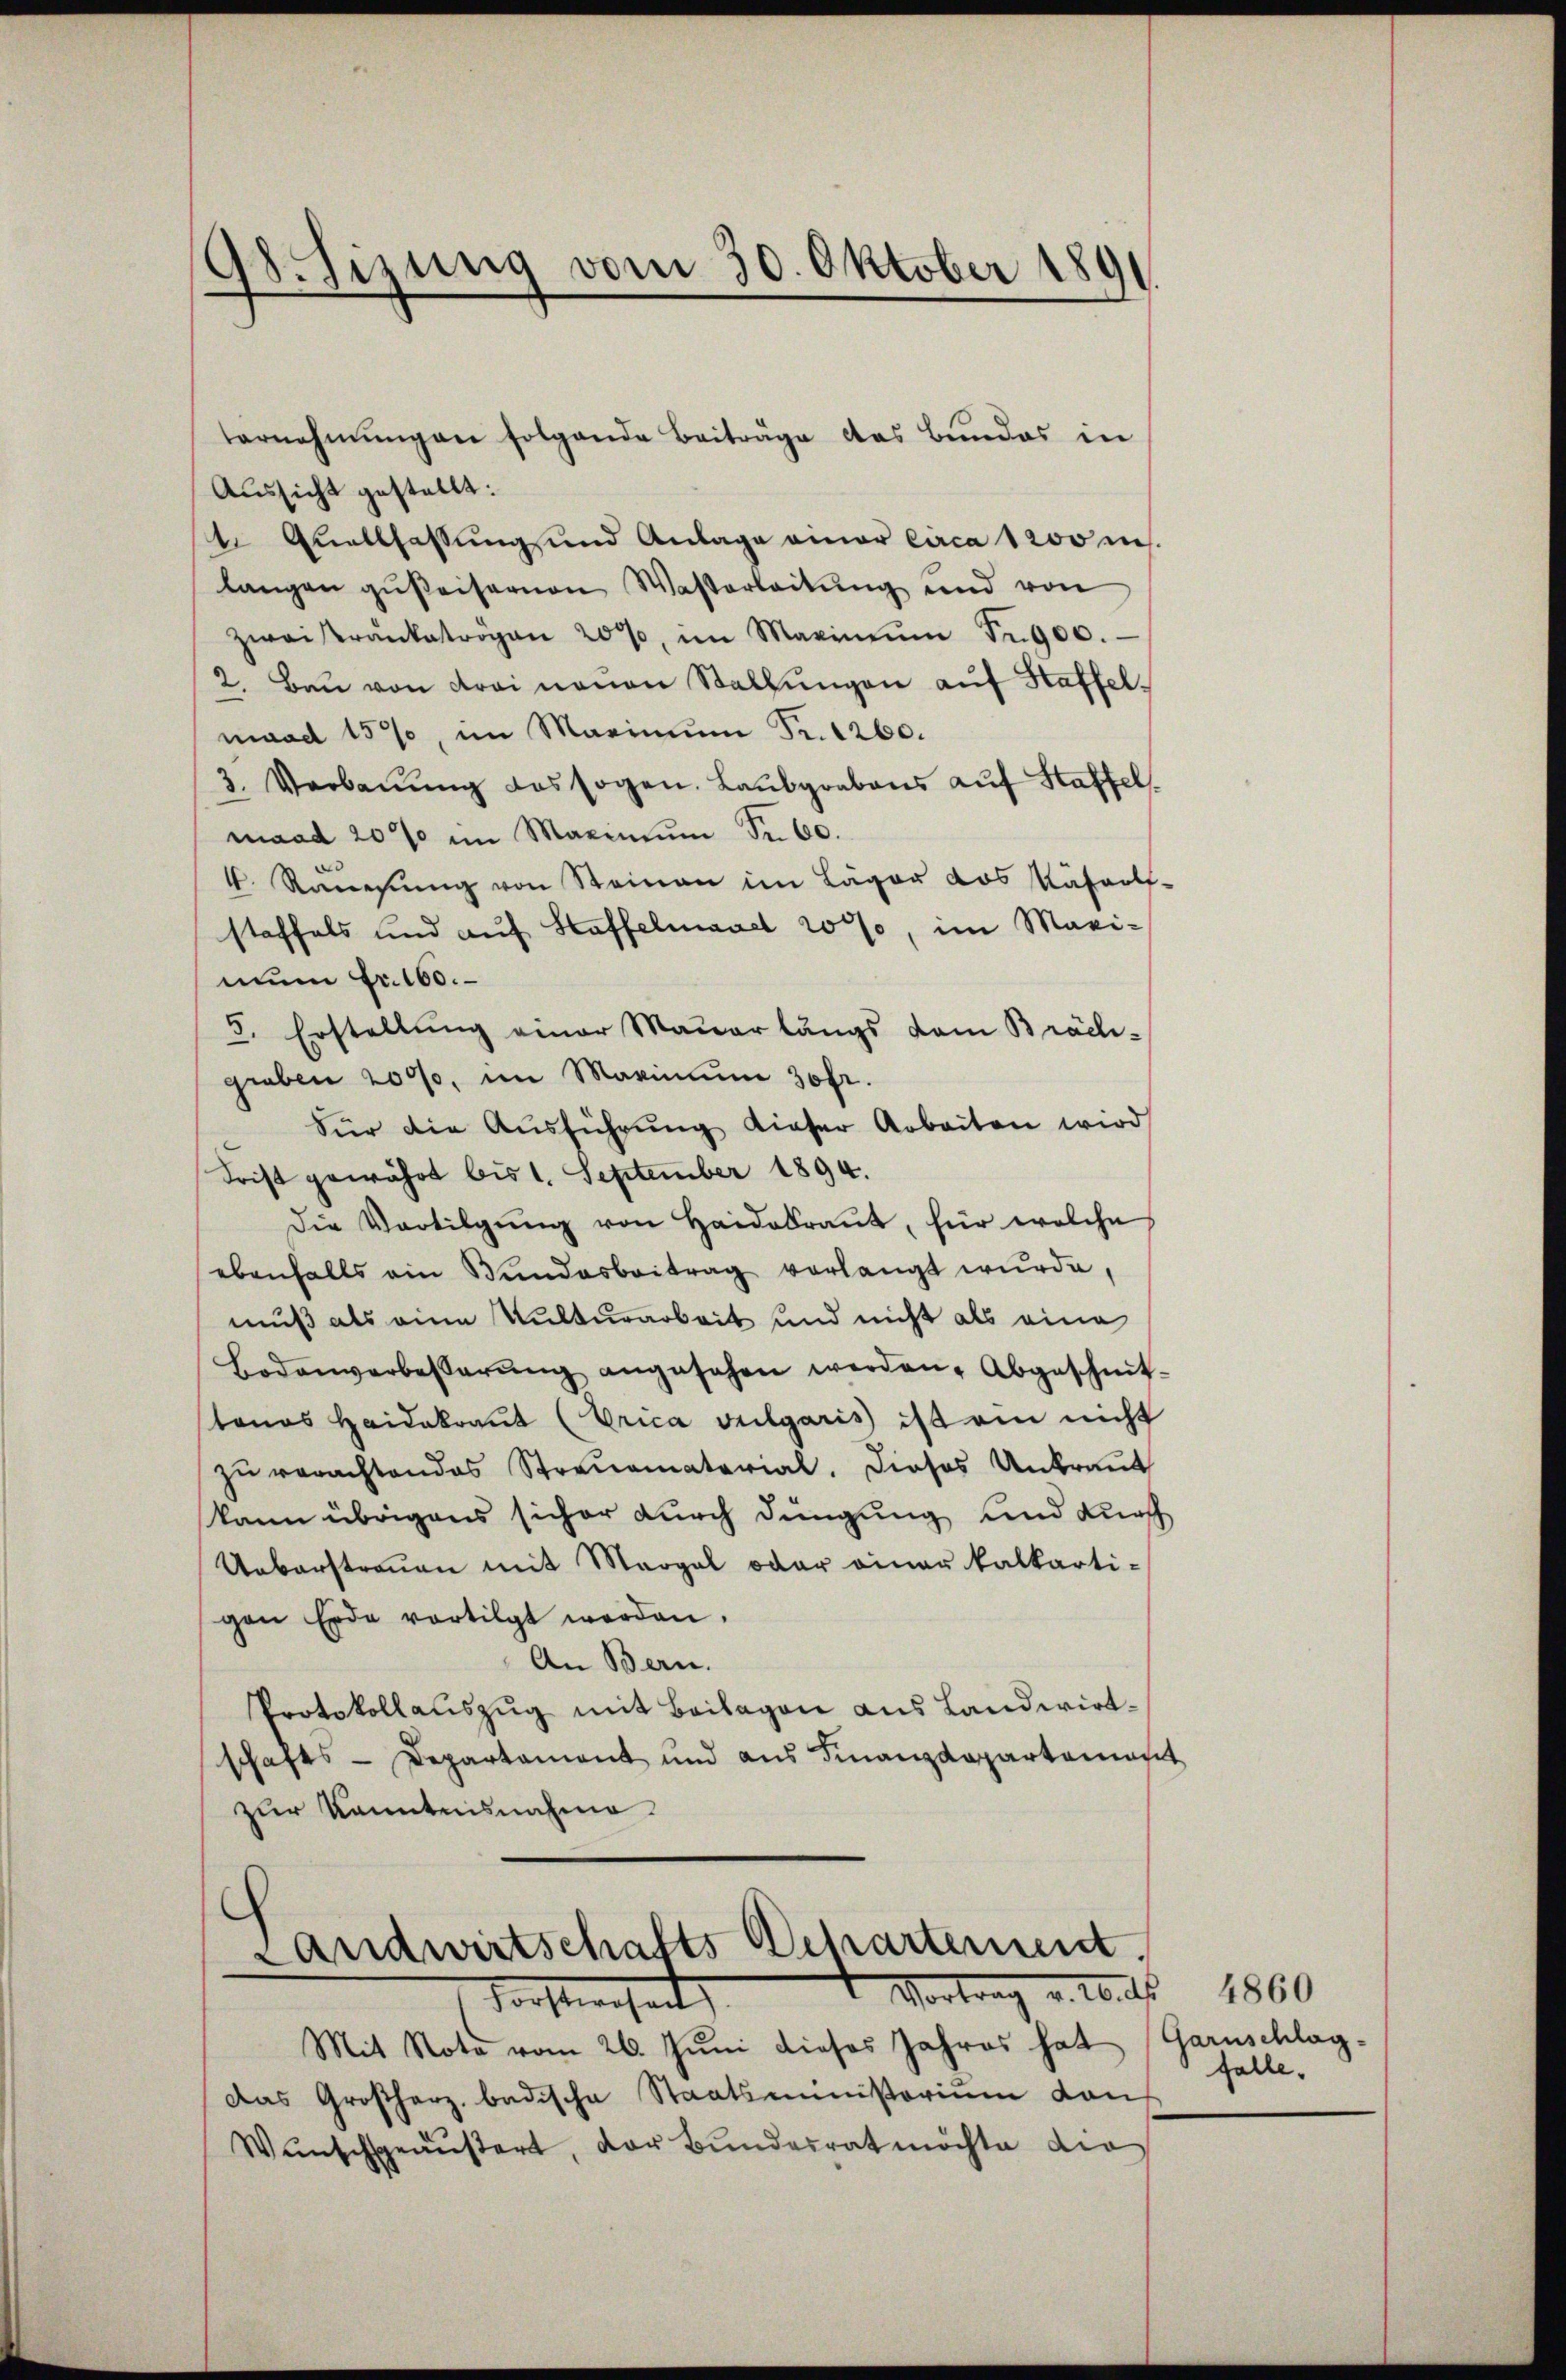
98. Sizung vom 30. Oktober 1891

tornehmungen folgende Beiträge des Bundes in
Aussicht gestellt:
te Quellfassung und Anlage einer circa 1200 m.
langen gußeisernen Wasserleitung und von
zwei Kranketrögen 200, im Maximŭm Fr. 900.
2. Baŭ von Frei neŭen Stallungen auf Haffelmaad 159, im Marinum Fr. 1260.
3. Verbaŭŭng des sogen. Laŭbgrabens auf Haffel
maad 20% im Maximum S. 60.
4. Reisŭng von Steinen im Läger das Näfwolf-
staffels und auf Haffelmand 20%, im Marimun Fr. 160.
5. Erstellung einer Mauer längs dem Bräch-
graben 2000, im Maximum 30fr.
Für die Aŭsführŭng dieser Arbeiten wird
Frist gewährt bis 1. September 1894.
Die Vertilgŭng von Haidekraut, für welche
ebenfalls ein Bundesbeitrag verlangt wurde,
muß als eine Kulturarbeit und nicht als eine
Bodenverbesserŭng angesehen werden. Abgeschmit-
tanos Haidakraut (Prica vulgaris ist ein nicht
zŭ verachtendes Streŭematerial. Dieses Antraŭt
kann übrigens sicher durch dingung und durch
Ueberstreuen mit Margel oder einer kalkarti-
gen Erde vertilgt werden.
An Bern.
Protokollauszug mit Beilagen aus Landwirtschafts-Departament und aus Finanzdepartamas
zur Kenntnisnahme.
s
Landwirtschafts Departement
Vortrag v. M. 1860
Vorstwesent
Mit Note vom 26. Juni dieses Jahres hat (Garnschlag-
Das Großherz badische Staatsministerium dan
Wunsch geäußert, der Bundesrat möchte die

falle.